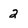
Character: 2